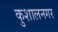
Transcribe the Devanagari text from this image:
कुशालनगर